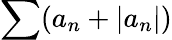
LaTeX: \sum(a_{n}+|a_{n}|)